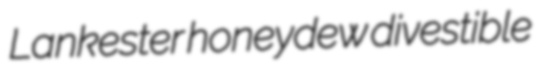
Lankester honeydew divestible